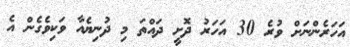
އަހަރެންނަށް ވުރެ 30 އަހަރު ދޮށީ ދައްތަ މި ދުނިޔެއާ ވަކިވެގެން އެ